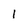
Character: 1